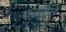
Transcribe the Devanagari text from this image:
उद्धरिले